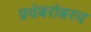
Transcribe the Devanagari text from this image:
प्रथेबरोबरच